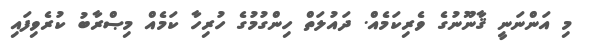
މި އަންނަނީ ޤާނޫނުގެ ވެރިކަމެއް. ދައުލަތް ހިންގުމުގެ ހުރިހާ ކަމެއް މިޞްރާބު ކުރެވިފައި